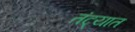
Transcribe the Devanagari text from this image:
तंट्यात